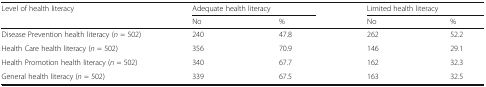
<table><thead><tr><td rowspan="2"><b>Level of health literacy</b></td><td colspan="2"><b>Adequate health literacy</b></td><td colspan="2"><b>Limited health literacy</b></td></tr><tr><td><b>No</b></td><td><b>%</b></td><td><b>No</b></td><td><b>%</b></td></tr></thead><tbody><tr><td>Disease Prevention health literacy (<i>n</i> = 502)</td><td>240</td><td>47.8</td><td>262</td><td>52.2</td></tr><tr><td>Health Care health literacy (<i>n</i> = 502)</td><td>356</td><td>70.9</td><td>146</td><td>29.1</td></tr><tr><td>Health Promotion health literacy (<i>n</i> = 502)</td><td>340</td><td>67.7</td><td>162</td><td>32.3</td></tr><tr><td>General health literacy (<i>n</i> = 502)</td><td>339</td><td>67.5</td><td>163</td><td>32.5</td></tr></tbody></table>